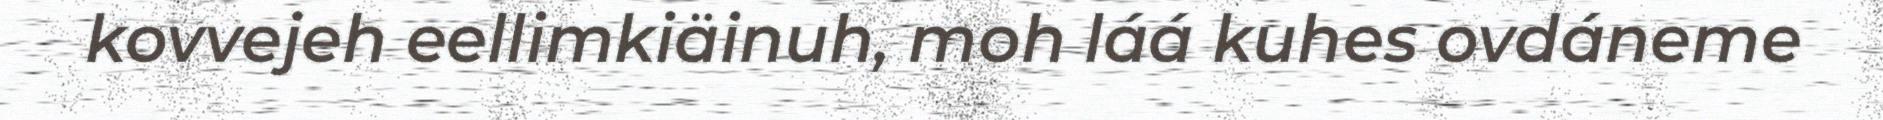
kovvejeh eellimkiäinuh, moh láá kuhes ovdáneme